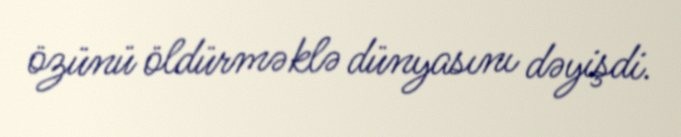
özünü öldürməklə dünyasını dəyişdi.